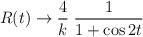
LaTeX: \begin{align*}R(t)\rightarrow\frac{4}{k}\;\frac{1}{1+\cos 2t }\end{align*}